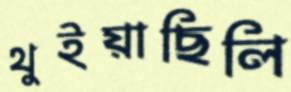
থুইয়াছিলি